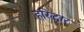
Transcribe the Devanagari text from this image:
हरिद्धार